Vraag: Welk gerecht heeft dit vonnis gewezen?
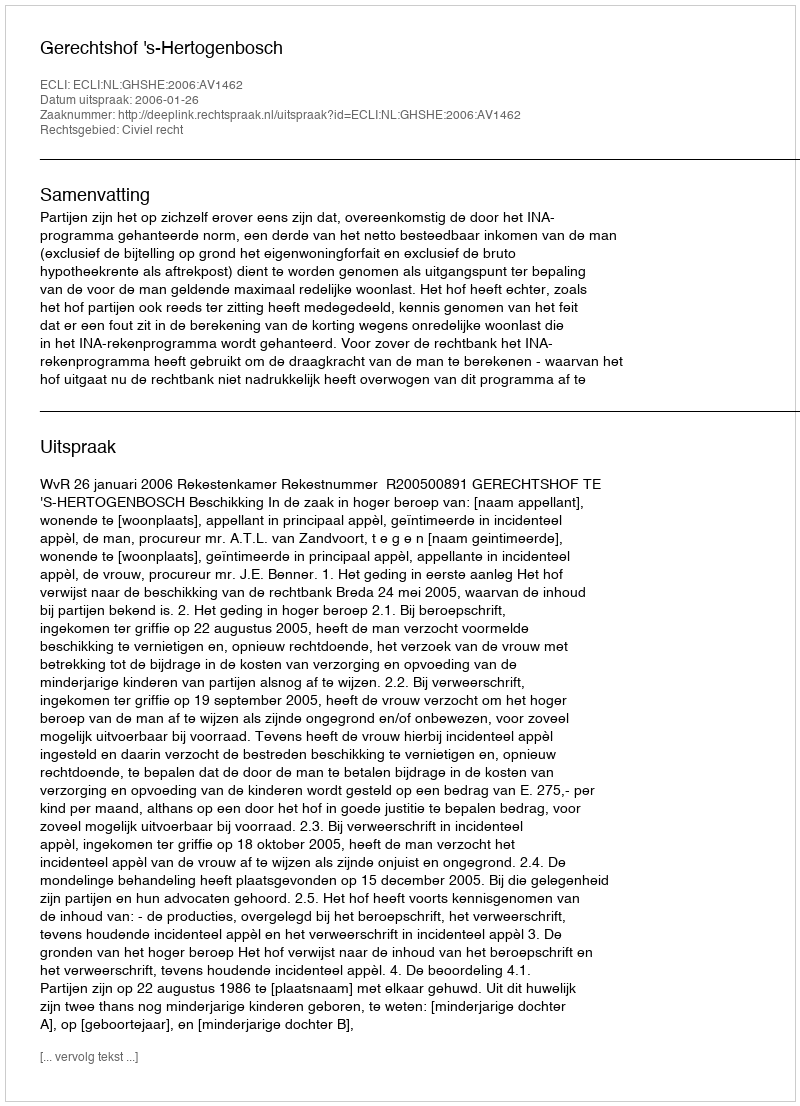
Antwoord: Gerechtshof 's-Hertogenbosch